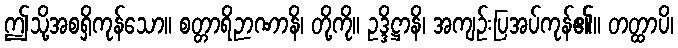
ဤသို့အစရှိကုန်သော။ စတ္တာရိဉာဏာနိ၊ တို့ကို။ ဥဒ္ဒိဋ္ဌာနိ၊ အကျဉ်းပြအပ်ကုန်၏။ တတ္ထာပိ၊